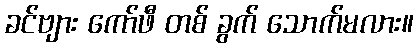
ခင်ဗျား ကော်ဖီ တစ် ခွက် သောက်မလား။